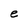
Character: e